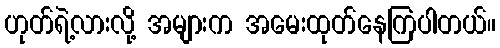
ဟုတ်ရဲ့လားလို့ အများက အမေးထုတ်နေကြပါတယ်။